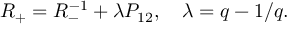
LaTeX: R _ { + } = R _ { - } ^ { - 1 } + \lambda P _ { 1 2 } , ~ ~ ~ \lambda = q - 1 / q .